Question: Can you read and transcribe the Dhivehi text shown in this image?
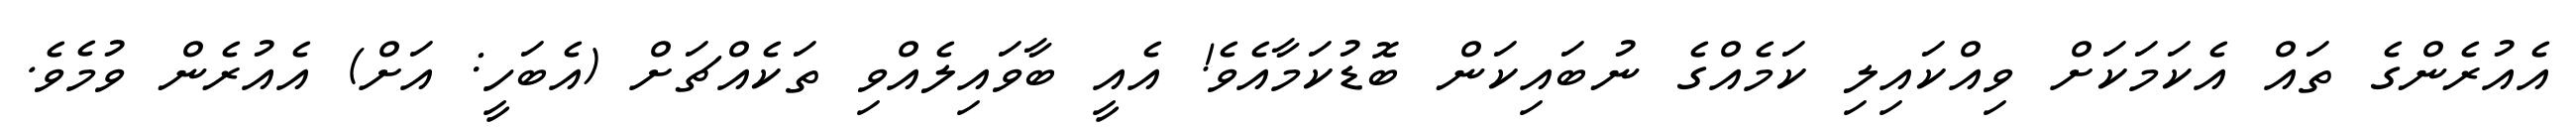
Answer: އެއުރެންގެ ތައް އެކަމަކަށް ވިއްކައިލި ކަމެއްގެ ނުބައިކަން ބޮޑުކަމާއެވެ! އެއީ ބާވައިލެއްވި ތަކެއްޗަށް (އެބަހީ: އަށް) އެއުރެން ވުމެވެ.